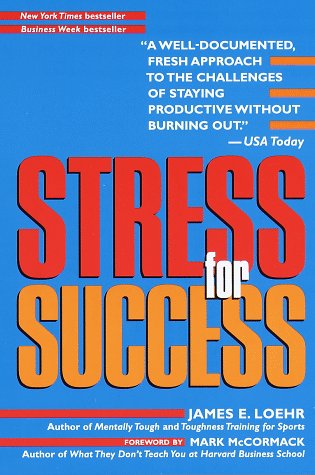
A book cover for Stress for Success; James E. Loehr; Business & Money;